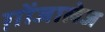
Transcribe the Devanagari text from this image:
ग़ोंजालेज